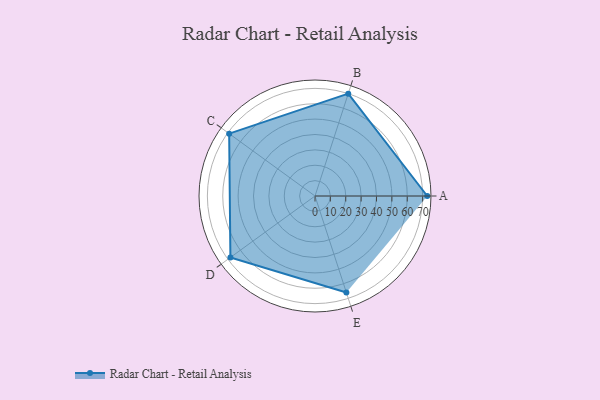
{"axis": {"x": "Skill", "y": "Score"}, "legend": ["Profile"], "data": [{"x": "A", "y": 73.0, "type": "Profile"}, {"x": "B", "y": 70.0, "type": "Profile"}, {"x": "C", "y": 69.0, "type": "Profile"}, {"x": "D", "y": 68.0, "type": "Profile"}, {"x": "E", "y": 66.0, "type": "Profile"}]}